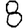
Digit: 8